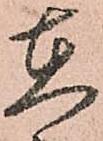
在